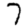
Digit: 7